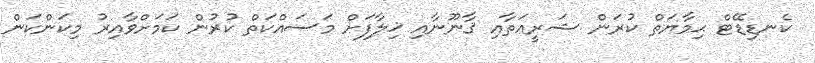
ކެނޑިޑޭޓް ޙިމާޔަތް ކުރަން ޝަރީޢަތާއި ޤާނޫނާއި ޚިލާފަށް މަސައްކަތް ކުރުން ކަމަށްވާއިރު މިކަންކަން